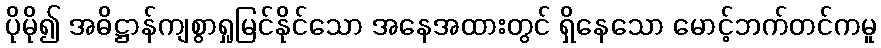
ပိုမို၍ အဓိဋ္ဌာန်ကျစွာရှုမြင်နိုင်သော အနေအထားတွင် ရှိနေသော မောင့်ဘက်တင်ကမူ